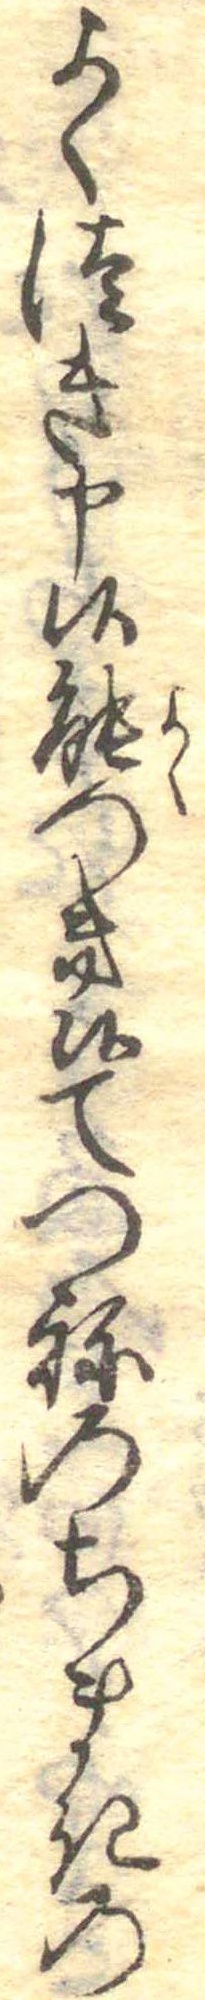
よくつき申候能つき候てつねのちまきの